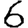
Digit: 6